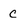
Character: c